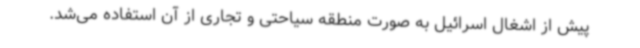
پیش از اشغال اسرائیل به صورت منطقه سیاحتی و تجاری از آن استفاده می‌شد.